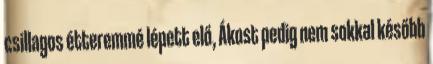
csillagos étteremmé lépett elő, Ákost pedig nem sokkal később